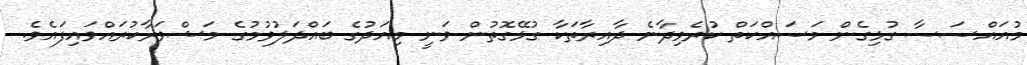
މުއައްސަސާ ގުޅިގެން މަސައްކަތް ކުރެވިދާނެ ދާއިރާތަކާ ގުޅޭގޮތުން ވަނީ މިއަދުގެ ބައްދަލުވުމުގެ މަޝްވަރާކުރައްވައިފައެވެ.